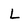
Character: L